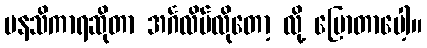
မနသိကာရဆိုတာ အင်္ဂလိပ်လိုတော့ လို့ ပြောတာပေါ့။